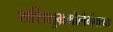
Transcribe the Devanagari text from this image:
शशिशुभ्रमौलैर्भक्त्या